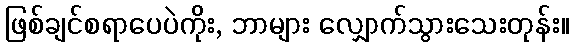
ဖြစ်ချင်စရာပေပဲကိုး, ဘာများ လျှောက်သွားသေးတုန်း။